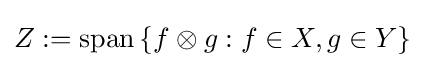
Z:=\operatorname {span} \left\{f\otimes g:f\in X,g\in Y\right\}